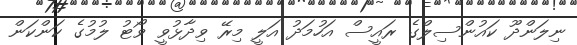
ނިލަންދޫ ކައުންސިލްގެ ރައީސް އަހުމަދު އަލީ މިރޭ ވިދާޅުވީ ވޯޓު ލުމުގެ ކަންކަން